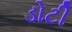
ડોટી